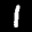
Label: 1